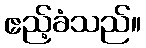
ဧည့်ခံသည်။